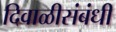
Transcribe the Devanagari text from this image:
दिवाळीसंबंधी